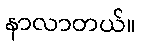
နာလာတယ်။